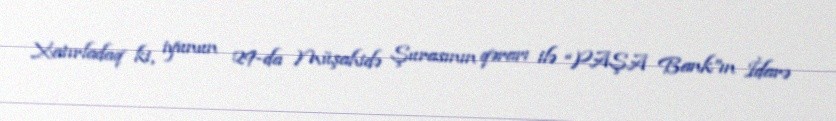
Xatırladaq ki, iyunun 29-da Müşahidə Şurasının qərarı ilə “PAŞA Bank”ın İdarə